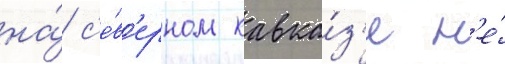
на́ с'е́в'ерном кавка́з'е н'е́